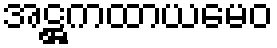
အဋ္ဌကထာယမေဝ